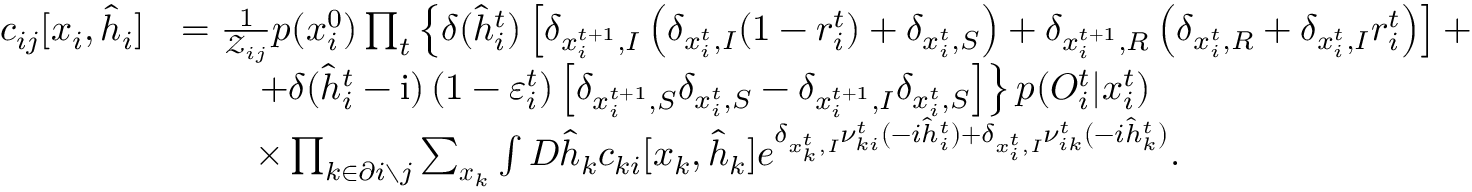
\begin{array} { r l } { c _ { i j } [ \boldsymbol { x } _ { i } , \hat { \boldsymbol { h } } _ { i } ] } & { = \frac { 1 } { \mathcal { Z } _ { i j } } p ( x _ { i } ^ { 0 } ) \prod _ { t } \left\{ \delta ( \hat { h } _ { i } ^ { t } ) \left[ \delta _ { x _ { i } ^ { t + 1 } , I } \left( \delta _ { x _ { i } ^ { t } , I } ( 1 - r _ { i } ^ { t } ) + \delta _ { x _ { i } ^ { t } , S } \right) + \delta _ { x _ { i } ^ { t + 1 } , R } \left( \delta _ { x _ { i } ^ { t } , R } + \delta _ { x _ { i } ^ { t } , I } r _ { i } ^ { t } \right) \right] + \right. } \\ & { \qquad \left. + \delta ( \hat { h } _ { i } ^ { t } - \mathrm { i } ) \left( 1 - \varepsilon _ { i } ^ { t } \right) \left[ \delta _ { x _ { i } ^ { t + 1 } , S } \delta _ { x _ { i } ^ { t } , S } - \delta _ { x _ { i } ^ { t + 1 } , I } \delta _ { x _ { i } ^ { t } , S } \right] \right\} p ( { O } _ { i } ^ { t } | x _ { i } ^ { t } ) } \\ & { \qquad \times \prod _ { k \in \partial i \setminus j } \sum _ { \boldsymbol { x } _ { k } } \int D \hat { \boldsymbol { h } } _ { k } c _ { k i } [ \boldsymbol { x } _ { k } , \hat { \boldsymbol { h } } _ { k } ] e ^ { \delta _ { x _ { k } ^ { t } , I } \nu _ { k i } ^ { t } ( - i \hat { h } _ { i } ^ { t } ) + \delta _ { x _ { i } ^ { t } , I } \nu _ { i k } ^ { t } ( - i \hat { h } _ { k } ^ { t } ) } . } \end{array}